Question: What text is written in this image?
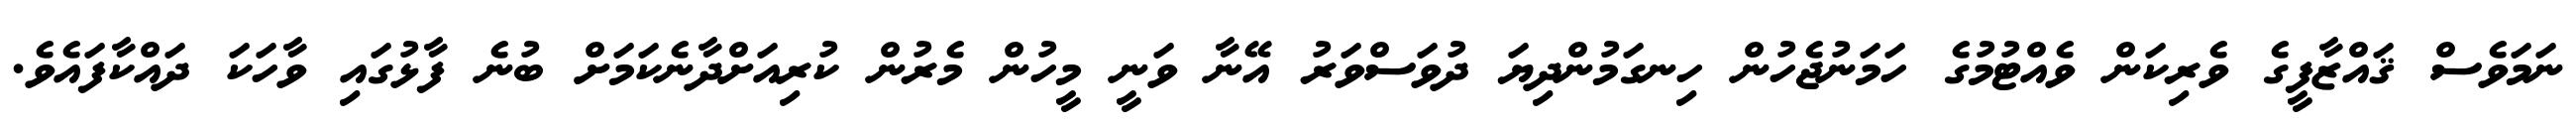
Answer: ނަމަވެސް ޤައްޒާފީގެ ވެރިކަން ވެއްޓުމުގެ ހަމަނުޖެހުން ހިނގަމުންދިޔަ ދުވަސްވަރު އޭނާ ވަނީ މީހުން މެރުން ކުރިއަށްދާނެކަމަށް ބުނެ ފާޅުގައި ވާހަކަ ދައްކާފައެވެ.